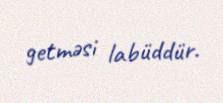
getməsi labüddür.